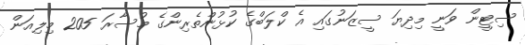
ސިޓީން ވަނީ މިދިޔަ ސީޒަނުގައި އެ ކްލަބްގެ ކުޅުންތެރިންގެ މުސާރަ 205 މިލިއަން